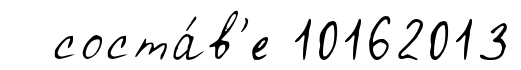
соста́в'е 10162013